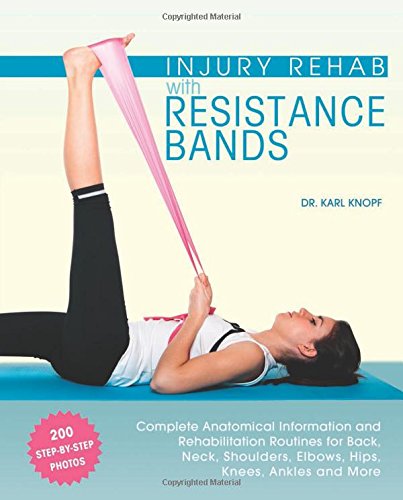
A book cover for Injury Rehab with Resistance Bands: Complete Anatomy and Rehabilitation Programs for Back, Neck, Shoulders, Elbows, Hips, Knees, Ankles and More; Karl Knopf; Health, Fitness & Dieting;